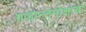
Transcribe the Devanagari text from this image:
गजान्तमोक्षाचा